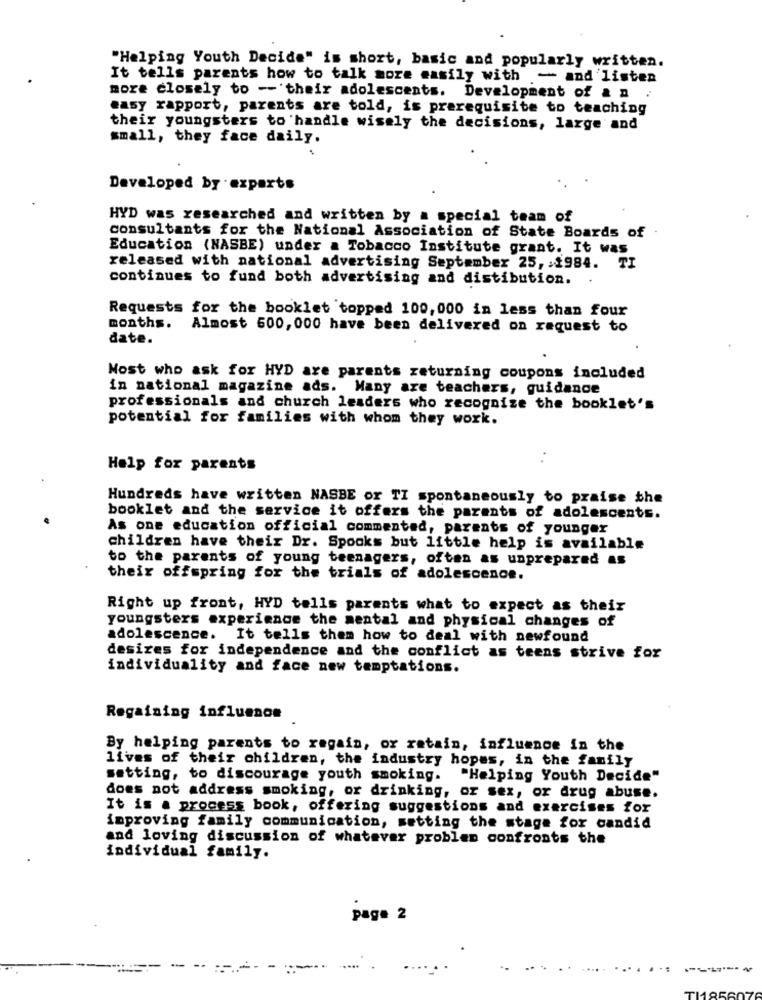
"Helping Youth Decide" is short, basic and popularly written.
It tells parents how to talk more easily with - and listen
more closely to -- their adolescents. Development of & n
easy rapport, parents are told, is prerequisite to teaching
their youngsters to handle wisely the decisions, large and
small, they face daily.
Developed by experts
HYD was researched and written by a special team of
consultants for the National Association of State Boards of
Education (NASBE) under a Tobacco Institute grant. It was
released with national advertising September 25, : 1984. TI
continues to fund both advertising and distibution.
Requests for the booklet topped 100, 000 in less than four
months.
Almost 600, 000 have been delivered on request to
date.
Most who ask for HYD are parents returning coupons included
in national magazine ads. Many are teachers, guidance
professionals and church leaders who recognize the booklet's
potential for families with whom they work.
Help for parents
Hundreds have written NASBE or TI spontaneously to praise the
booklet and the service it offers the parents of adolescents.
As one education official commented, parents of younger
children have their Dr. Spooks but little help is available
to the parents of young teenagers, often as unprepared as
their offspring for the trials of adolescence.
Right up front, HYD tells parents what to expect as their
youngsters experience the mental and physical changes of
adolescence. It tells them how to deal with newfound
desizes for independence and the conflict as teens strive for
individuality and face new temptations.
Regaining influence
By helping parents to regain, or ratain, influence in the
lives of their children, the industry hopes, in the family
setting, to discourage youth smoking. "Helping Youth Decide"
does not address smoking, or drinking, or sex, or drug abuse.
It is a process book, offering suggestions and exercises for
improving family communication, setting the stage for candid
and loving discussion of whatever problem confronts the
individual family.
page 2
.... .
---